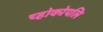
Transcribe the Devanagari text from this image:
च्होकोपलि